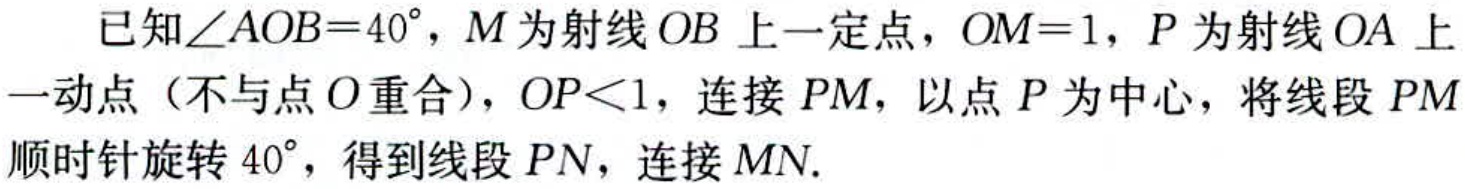
已知\(\angle AOB = 40^{\circ}\)，\(M\)为射线\(OB\)上一定点，\(OM = 1\)，\(P\)为射线\(OA\)上一动点（不与点\(O\)重合），\(OP<1\)，连接\(PM\)，以点\(P\)为中心，将线段\(PM\)顺时针旋转\(40^{\circ}\)，得到线段\(PN\)，连接\(MN\).